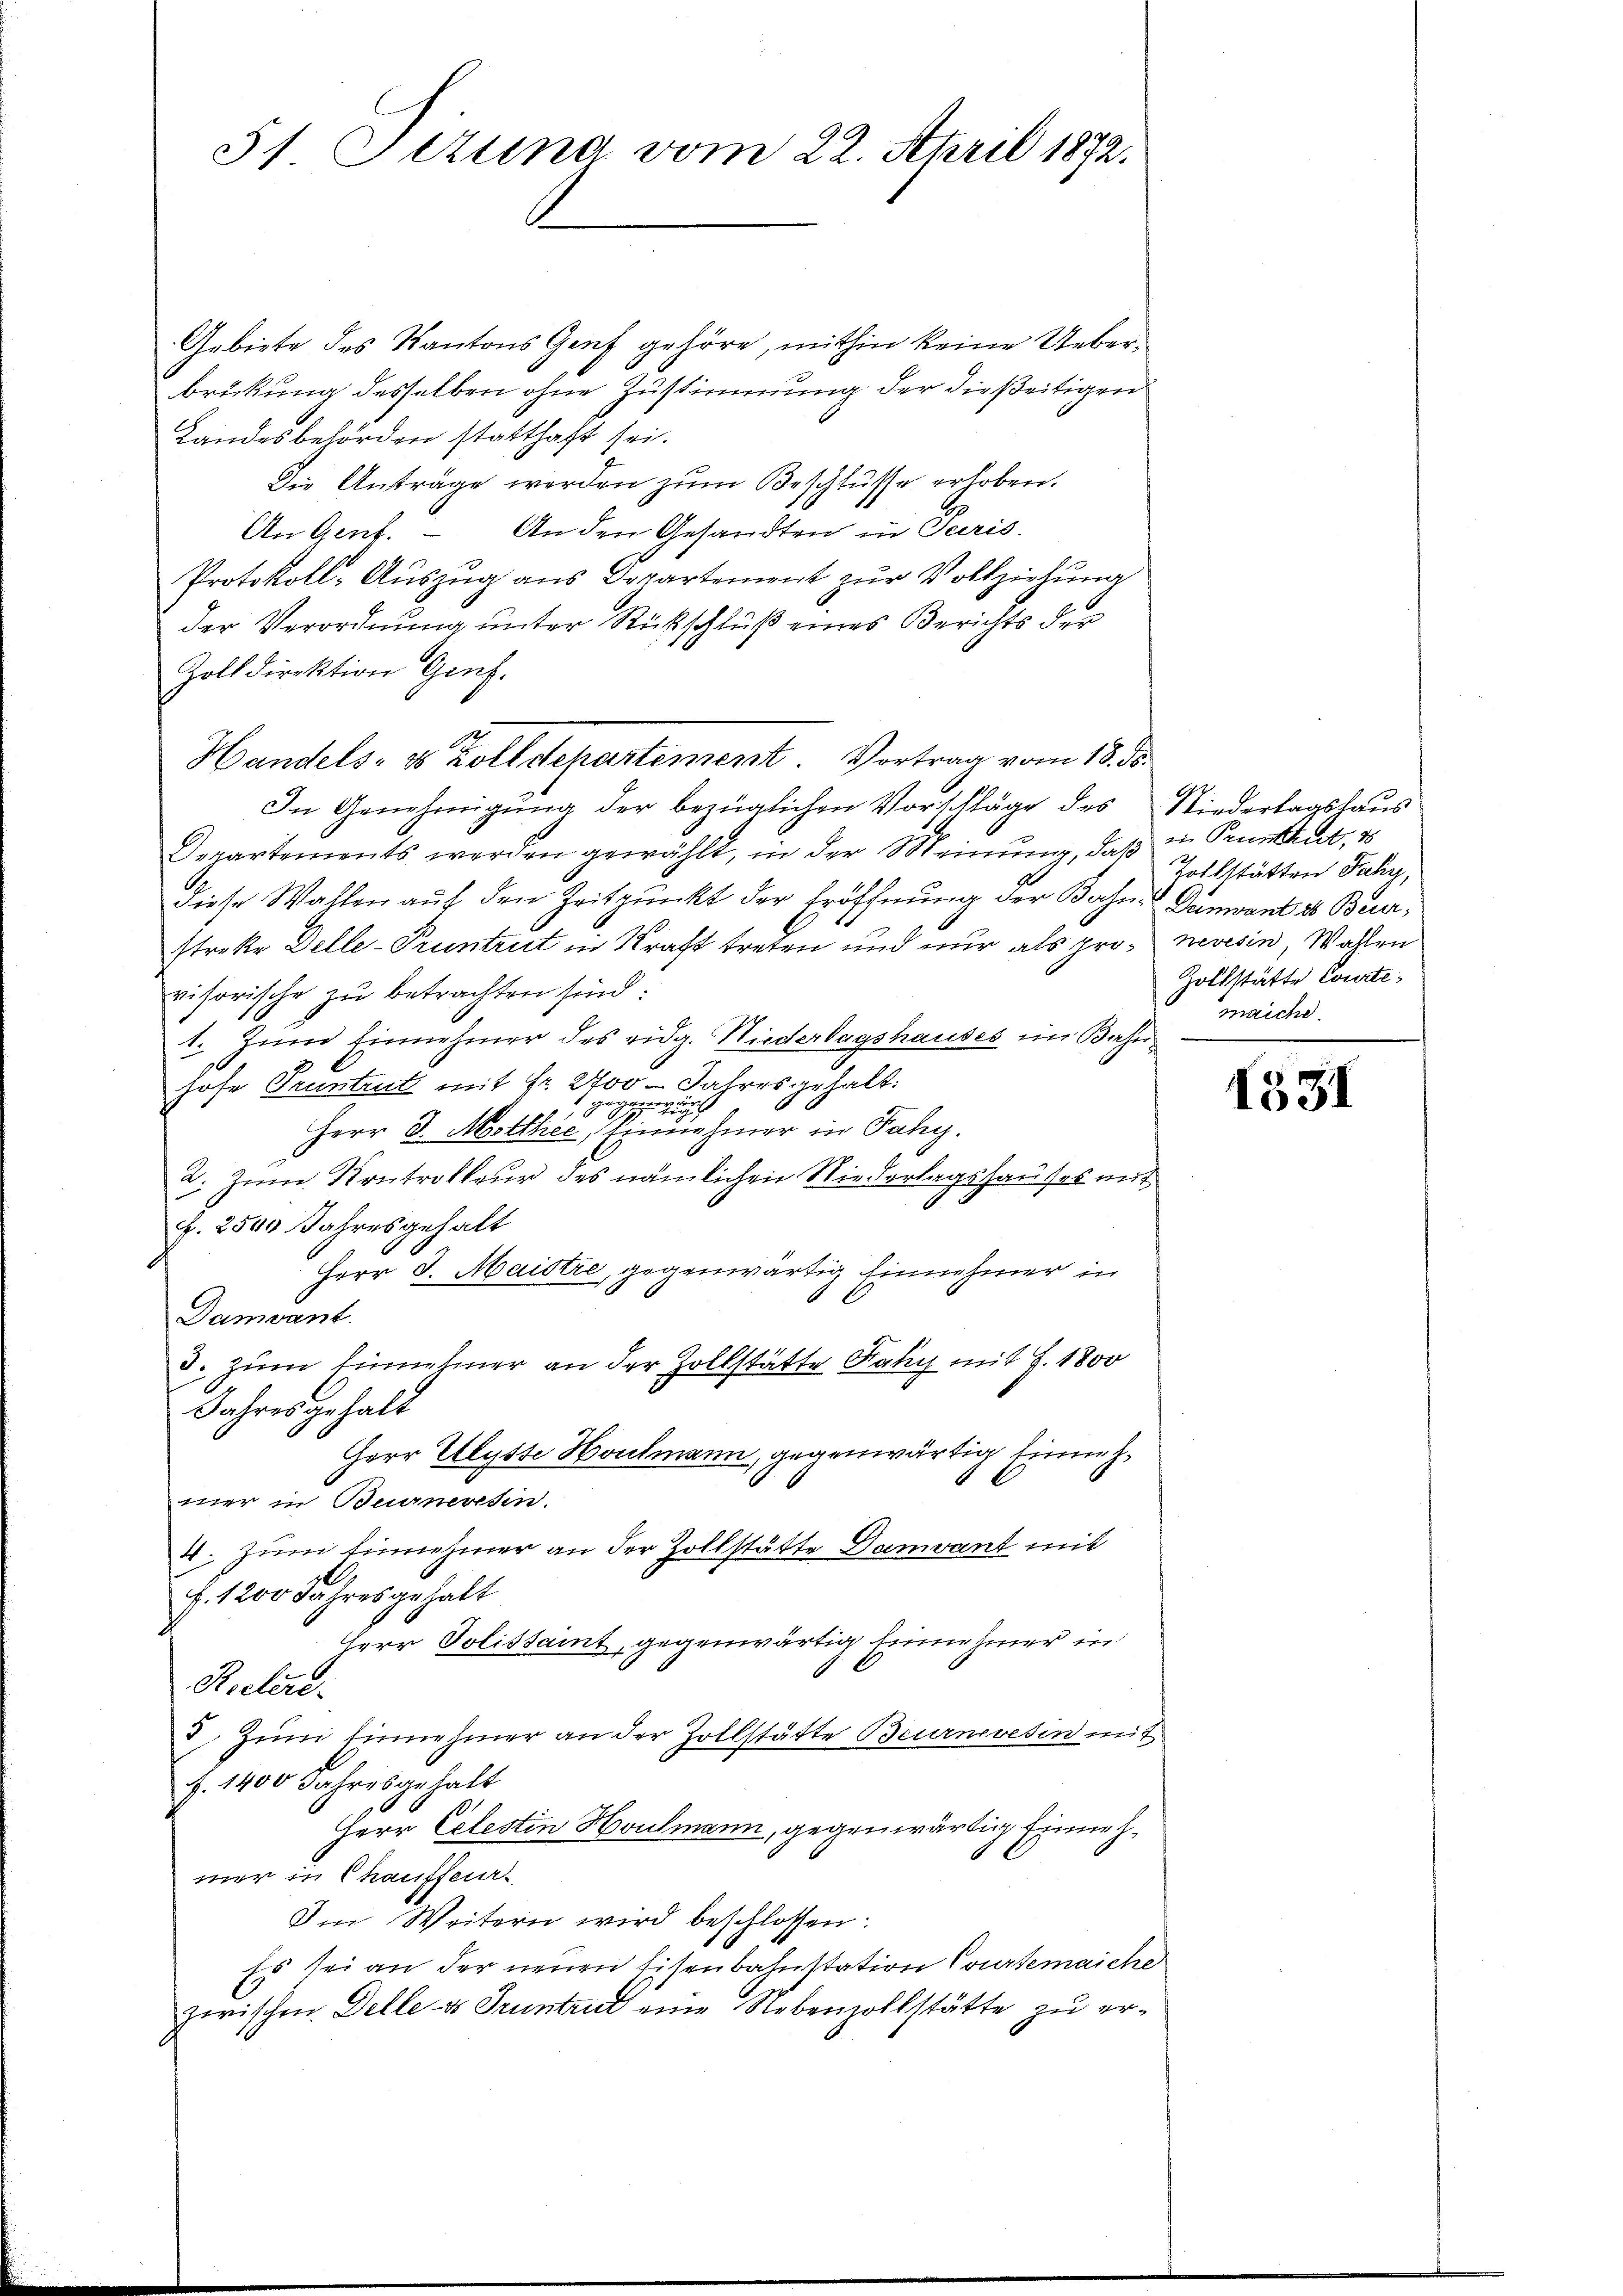
51 Setung vom 22. April 1872.

Gebiete des Kantons Genf gehöre, mithin keine Ueberbrückung desselben ohne Zustimmung der dießeitigen
Landesbehörden statthaft sei.
Die Anträge werden zum Beschlüsse erhoben.
An Gent. – An den Gesandten in Paris.
Protokoll-Auszug aus Departement zur Vollziehung
der Verordnung unter Rückschluß eines Berichts der
Zolldirektion Genf.
In Genehmigung der bezüglichen Vorschläge des
Departements werden gewählt, in der Meinung, daß in Pruntrut, 18
diese Wahlen auf den Zeitpunkt der Eröffnung der Bahn-Dunwand ab Burstreke Delle-Pruntrut in Kraft treten und nur als promessin, Wahlen
visorische zu betrachten sind:
1. Zum Einnehmer des eidg. Niederlagshauses im Bahnhofe Pruntrut mit Fr. 2700 - Jahresgehalt:
a
 gegen
Herr D. Mitthee, Einnahmer in Fahy.
2. Zum Kontrolleur des nämlichen Niederlagshauses mit
3
F. 2500 Jahresgehalt
Herr J. Maistre, gegenwärtig Einnahmer in
Damvant.
3. zum Einnehmer an der Zollstätte Faky mit J. 1800
Jahres gehalt
Herr Ulysse Houlmann, gegenwärtig Einnahmer in Beurneresen.
4. Zum Einnehmer an der Zollstätte Damvant mit
f. 1200 Jahresgehalt
Herr Polissait, gegenwärtig Einnehmer in
Reclar
3. Zum Einnehmer an der Zollstätte Beurnevesin mit
f. 1400 Jahresgehalt
Herr Celestin Houlmann, gegenwärtig Einnahmer in Chauffeur-
Im Weitern wird beschlossen:
Es sei an der neuen Eisenbahnstation Courtemaiche
zwischen Delle a Pruntend eine Nebenzollstätte zu er¬

Handels- & Zolldepartement Vortrag vom 18. ds.

Niederlagshaus
Zollstätten Jahr,
Zolfstätte Courte
maiche

1531